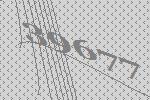
39677